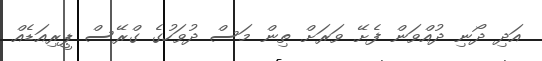
އަދި ދޯނި ދުއްވަން ފެށޭ ވަރަށް ތިން މަސް ދުވަހުގެ ގްރޭސް ޕީރިއަޑެއް